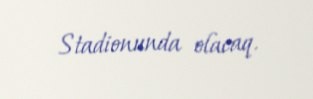
Stadionunda olacaq.